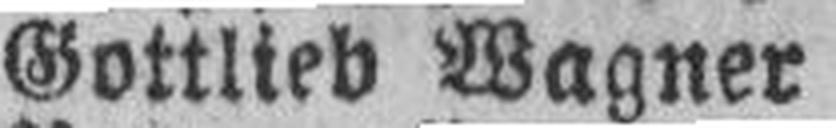
Gottlieb Wagner